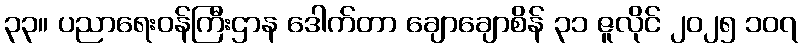
၃၃။ ပညာရေးဝန်ကြီးဌာန ဒေါက်တာ ချောချောစိန် ၃၁ ဇူလိုင် ၂၀၂၅ ၁၀၇